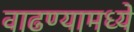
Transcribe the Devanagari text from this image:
वाढण्यामध्ये